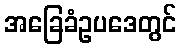
အခြေခံဥပဒေတွင်